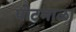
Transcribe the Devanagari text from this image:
पोटमाळा